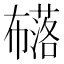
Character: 𭘹